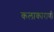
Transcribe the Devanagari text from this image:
कलाकाराणी